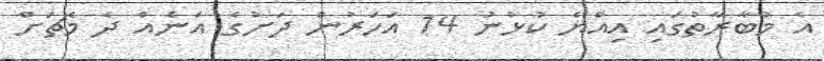
އެ މުބާރާތުގައި އިއްޔެ ކުޅުނު 14 އަހަރުން ދަށުގެ އަނެއް ދެ މެޗަށް